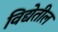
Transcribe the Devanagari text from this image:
विद्येतील